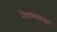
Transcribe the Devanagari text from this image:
नेपथ्याचा